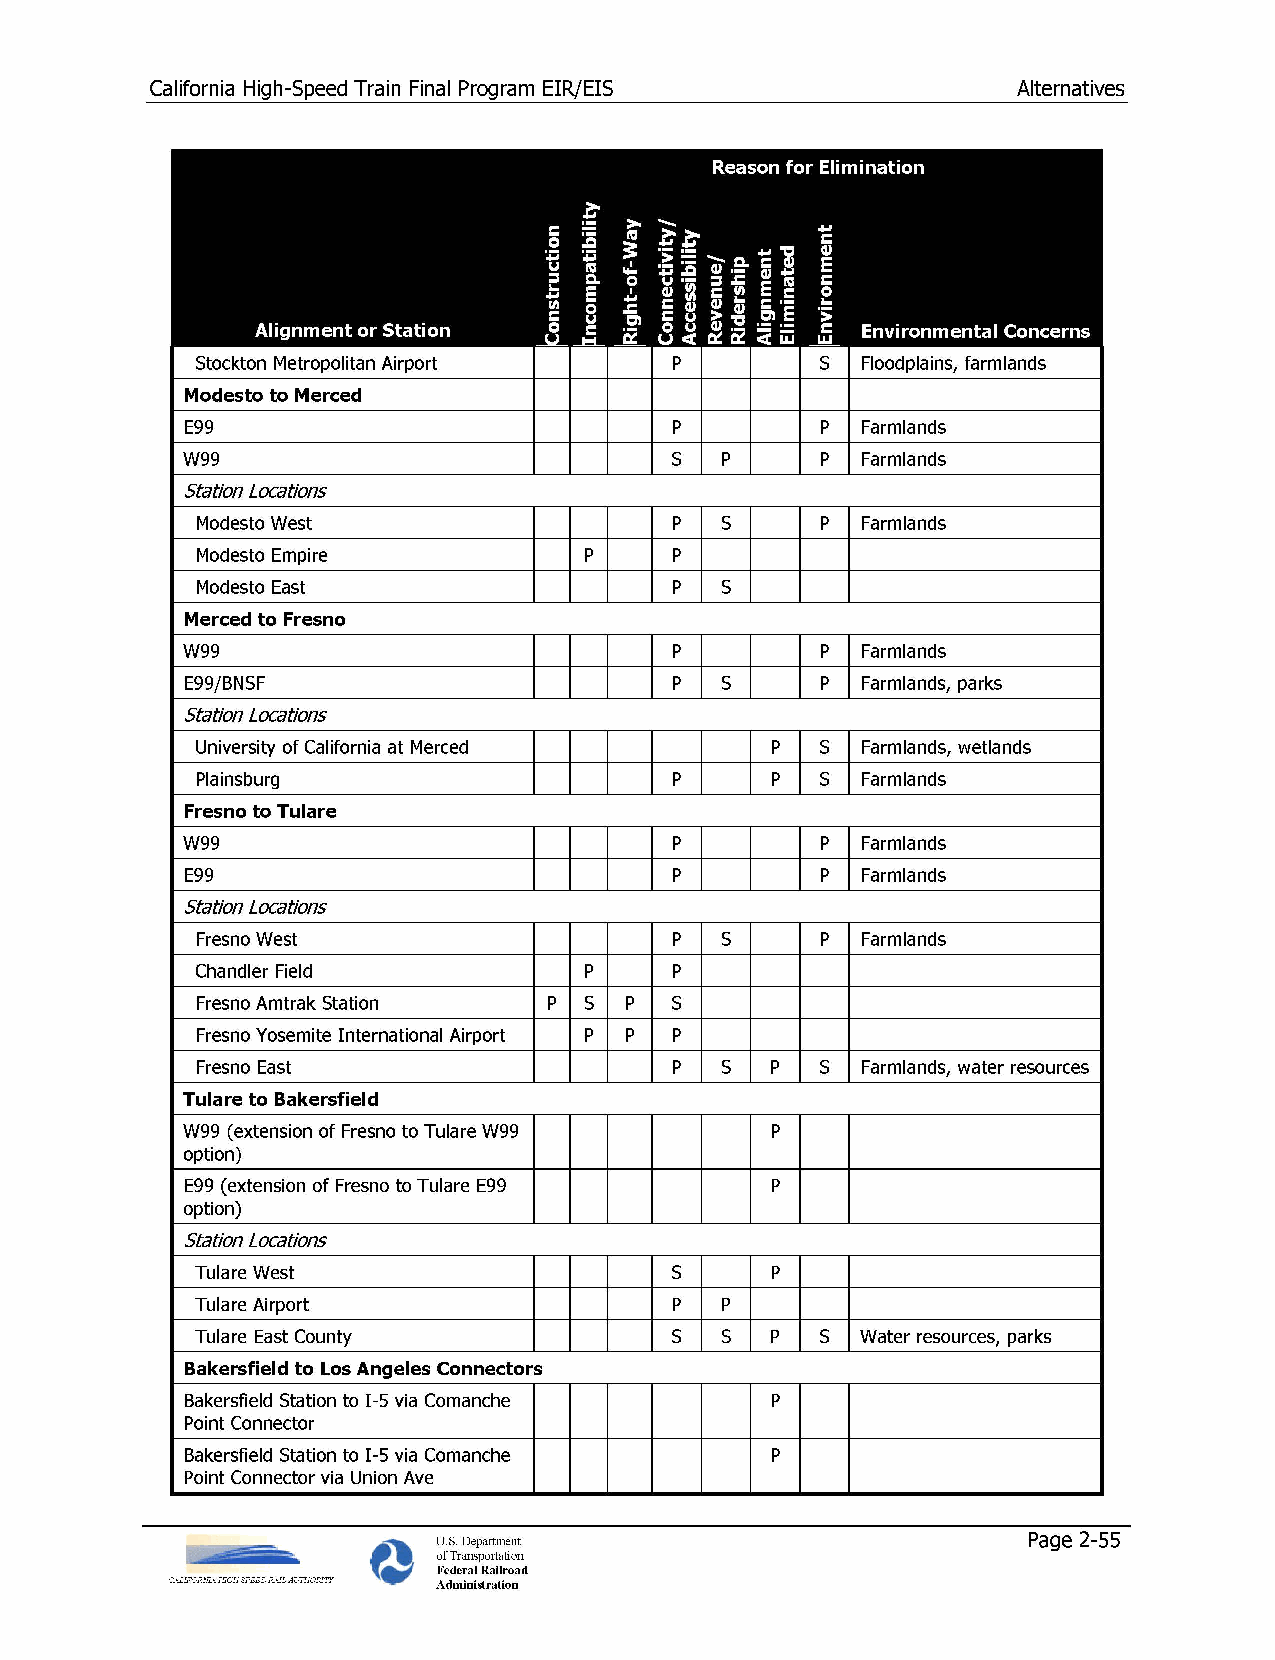
California High-Speed Train Final Program EIR/EIS        Alternatives
 Stockton Metropolitan Airport   p        s  Floodplains, farmlands
 Modesto to Merced
 E99                              p        p  Farmlands
 W99                             s   p     p  Farmlands
 Station Locations
 Modesto West                    p  s     p  Farmlands
 Modesto Empire            p     p
 Modesto East                    p  s
 Merced to Fresno
 W99                              p        p  Farmlands
 E99/BNSF                         p  s     p  Farmlands, parks
 Station Locations
 University of California at Merced    p  s  Farmlands, wetlands
 Plainsburg                      p     p  s  Farmlands
 Fresno to Tulare
 W99                              p        p  Farmlands
 E99                              p        p  Farmlands
 Station Locations
 Fresno West                     p  s     p  Farmlands
 Chandler Field            p     p
 Fresno Amtrak Station  p  s p  s
 Fresno Yosemite International Airport p p p
 Fresno East                     p  s  p  s  Farmlands, water resources
 Tulare to Bakersfield
 W99 (extension of Fresno to Tulare W99 p
 option)
 E99 (extension of Fresno to Tulare E99 p
 option)
 Station Locations
 Tulare West                    s      p
 Tulare Airport                  p  p
 Tulare East County             s   s  p  s  Water resources, parks
 Bakersfield to Los Angeles Connectors
 Bakersfield Station to 1-5 via Comanche p
 Point Connector
 Bakersfield Station to 1-5 via Comanche p
 Point Connector via Union Ave
 U.S. Department                        Page 2-55
 f~   of Transportation
 Federal Railroad
 CALIFORNL4 HIGH SPEED RAIL AUTHORITY Administration